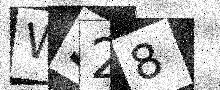
Text: WS28